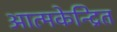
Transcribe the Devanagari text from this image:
आत्मकेन्द्रित